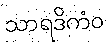
သာရဒိကံဝ